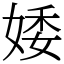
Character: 婑